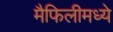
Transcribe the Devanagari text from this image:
मैफिलीमध्ये